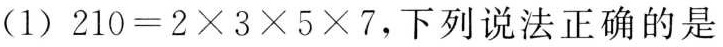
(1)$$2 1 0 = 2 \times 3 \times 5 \times